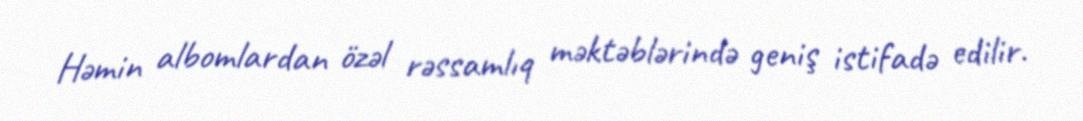
Həmin albomlardan özəl rəssamlıq məktəblərində geniş istifadə edilir.